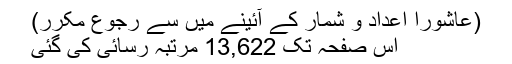
(عاشورا اعداد و شمار کے آئینے میں سے رجوع مکرر)
اِس صفحہ تک 13,622 مرتبہ رسائی کی گئی